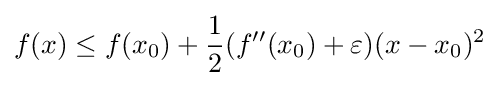
f(x)\leq f(x_{0})+{\frac {1}{2}}(f''(x_{0})+\varepsilon )(x-x_{0})^{2}